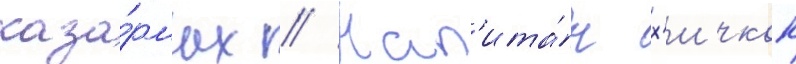
каза́рмах // Кап'ита́н х'ичкок